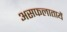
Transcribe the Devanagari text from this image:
असफलातायें